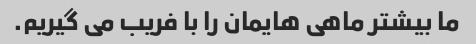
ما بیشتر ماهی هایمان را با فریب می گیریم.